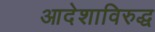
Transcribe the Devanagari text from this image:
आदेशाविरुद्ध